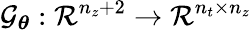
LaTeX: \mathcal G_{\boldsymbol\theta}:\mathcal{R}^{n_{z}+2}\rightarrow\mathcal{R}^{n_{t}\times n_{z}}